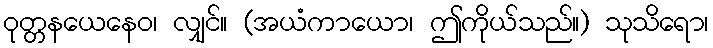
ဝုတ္တနယေနေဝ၊ လျှင်။ (အယံကာယော၊ ဤကိုယ်သည်။) သုသိရော၊